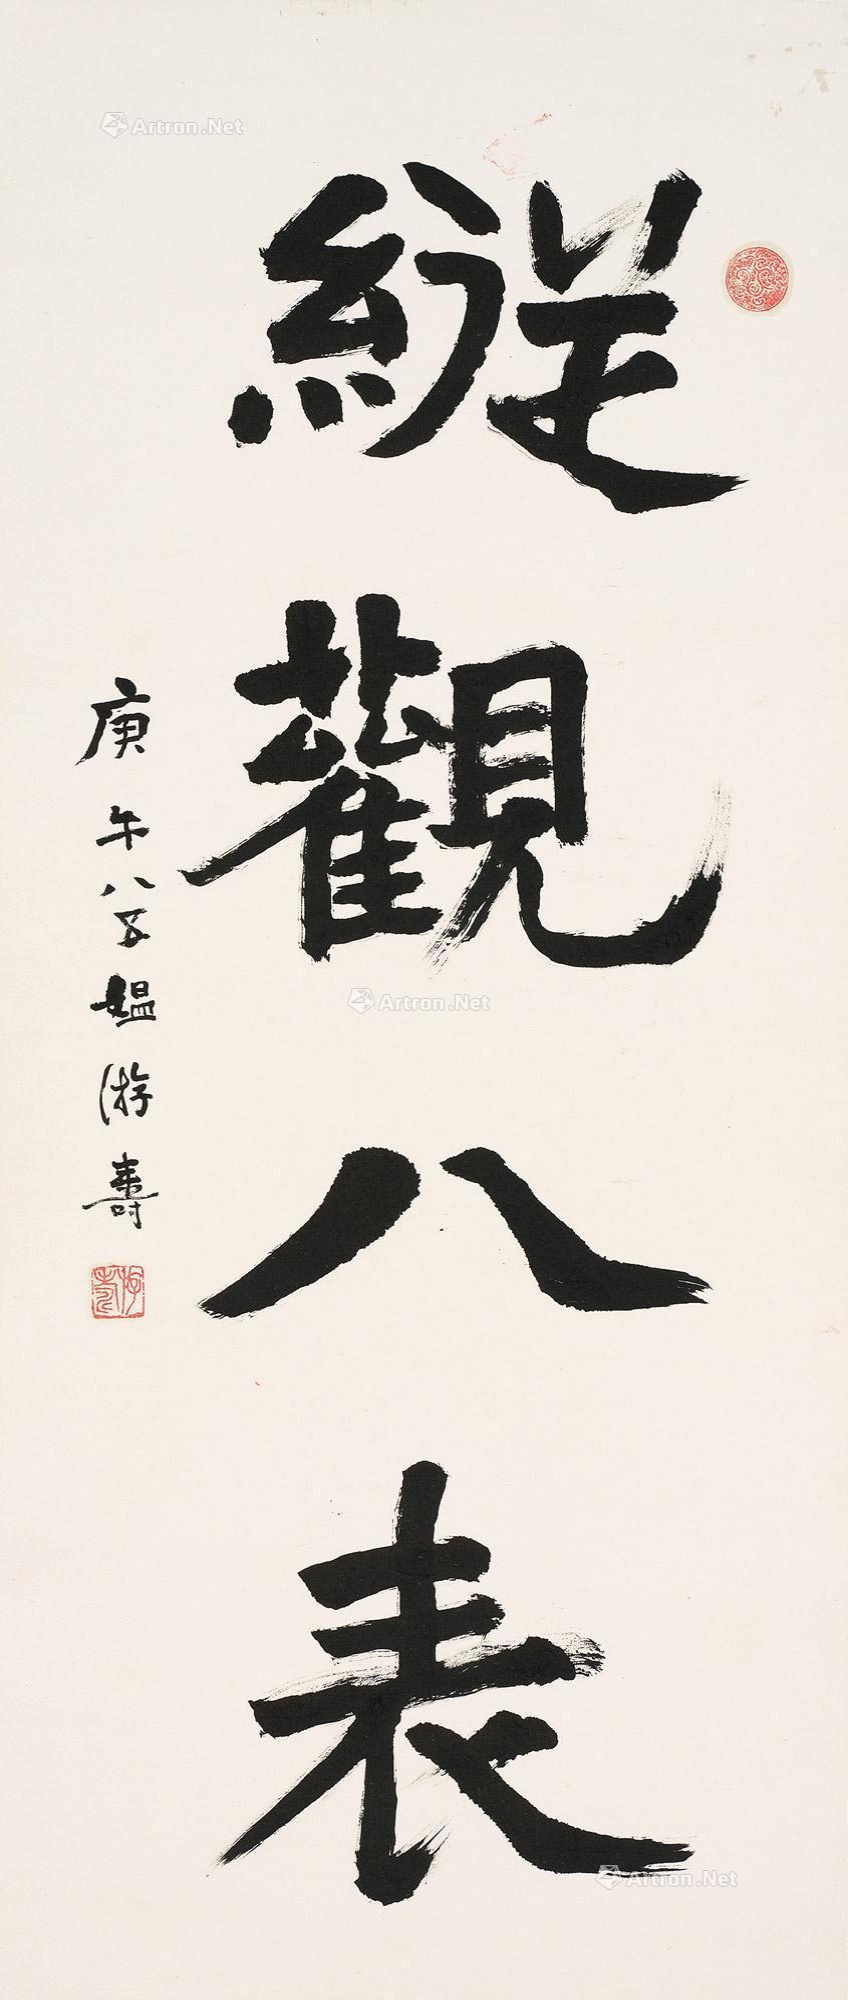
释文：纵观八表。庚午八五媪游寿。